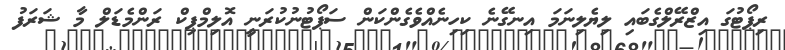
ރިޕޯޓުގަ އިޒްރޭލްގެބައި ލިޔެލިނަމަ އިނގޭނެ ކިހިނެއްވެގެންކަން ސަޕޯޓުނުކުރަނީ އޮލިމްޕިކް ރަންމެޑަލް މާ ޝަރަފު